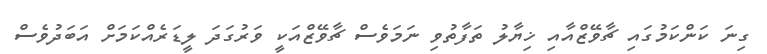
ގިނަ ކަންކަމުގައި ޗާވޭޒްއާއި ޚިޔާލު ތަފާތުވި ނަމަވެސް ޗާވޭޒްއަކީ ވަރުގަދަ ލީޑަރެއްކަމަށް އަބަދުވެސް